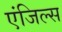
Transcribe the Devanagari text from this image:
एंजिल्स